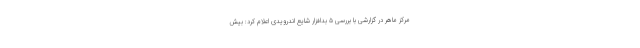
مرکز ماهر در گزارشی با بررسی ۵ بدافزار شایع اندرویدی اعلام کرد: بیش